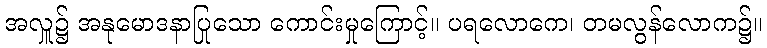
အလှူ၌ အနုမောဒနာပြုသော ကောင်းမှုကြောင့်။ ပရလောကေ၊ တမလွန်လောက၌။